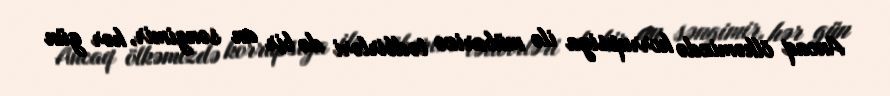
Ancaq ölkəmizdə korrupsiya ilə mübarizə tədbirləri də bir an səngimir, hər gün